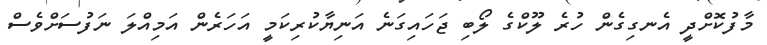
މާފުކޮށްދީ އެނގިގެން ހުރެ ލޫކްގެ ލޯބި ޖަހައިގަނެ އަނިޔާކުރިކަމީ އަހަރެން އަމިއްލަ ނަފުސަށްވެސް